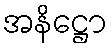
အနိဋ္ဌော